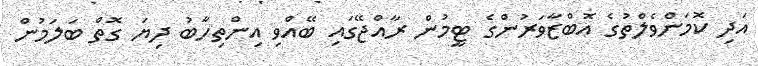
އަދި ކޮމަންވެލްތުގެ އޮބްޒާވަރުންގެ ޓީމުން ރާއްޖޭގައި ބޭއްވި އިންތިހާބު ދިޔަ ގޮތް ބަލަމުން